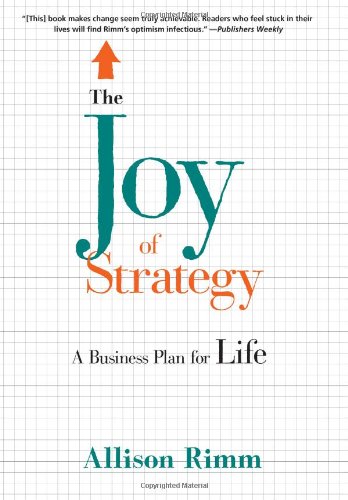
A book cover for The Joy of Strategy: A Business Plan for Life; Allison Rimm; Business & Money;